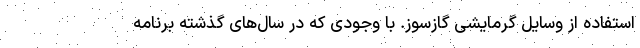
استفاده از وسایل گرمایشی گازسوز. با وجودی که در سال‌های گذشته برنامه